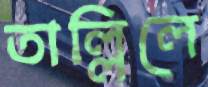
তাল্লিলে